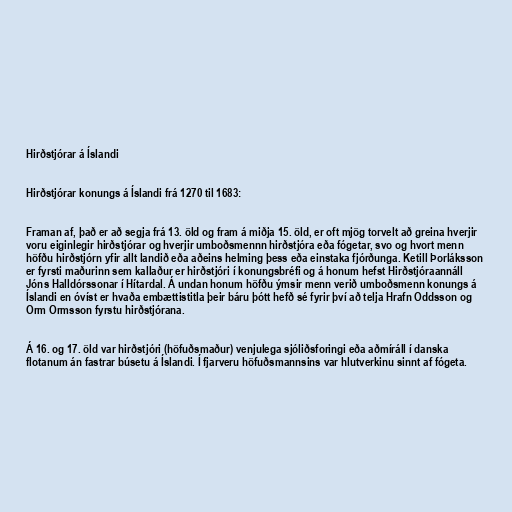
Hirðstjórar á Íslandi

Hirðstjórar konungs á Íslandi frá 1270 til 1683:

Framan af, það er að segja frá 13. öld og fram á miðja 15. öld, er oft mjög torvelt að greina hverjir
voru eiginlegir hirðstjórar og hverjir umboðsmennn hirðstjóra eða fógetar, svo og hvort menn
höfðu hirðstjórn yfir allt landið eða aðeins helming þess eða einstaka fjórðunga. Ketill Þorláksson
er fyrsti maðurinn sem kallaður er hirðstjóri í konungsbréfi og á honum hefst Hirðstjóraannáll
Jóns Halldórssonar í Hítardal. Á undan honum höfðu ýmsir menn verið umboðsmenn konungs á
Íslandi en óvíst er hvaða embættistitla þeir báru þótt hefð sé fyrir því að telja Hrafn Oddsson og
Orm Ormsson fyrstu hirðstjórana.

Á 16. og 17. öld var hirðstjóri (höfuðsmaður) venjulega sjóliðsforingi eða aðmíráll í danska
flotanum án fastrar búsetu á Íslandi. Í fjarveru höfuðsmannsins var hlutverkinu sinnt af fógeta.